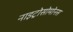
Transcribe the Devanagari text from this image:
नाइट्रोसोमोनस